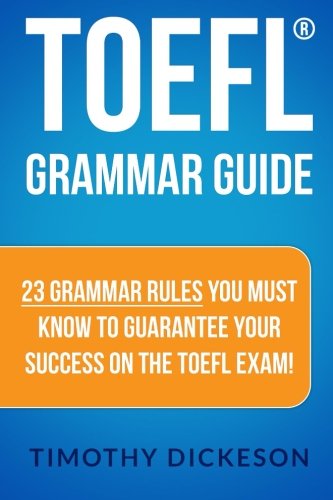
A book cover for TOEFL Grammar Guide: 23 Grammar Rules You Must Know To Guarantee Your Success On The TOEFL Exam!; Timothy Dickeson; Test Preparation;